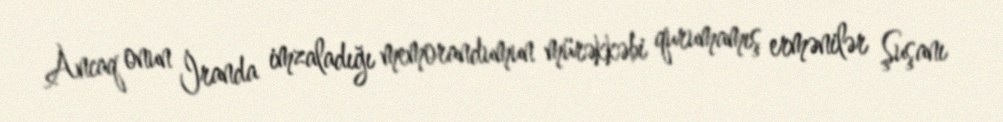
Ancaq onun İranda imzaladığı memorandumun mürəkkəbi qurumamış ermənilər Şuşanı